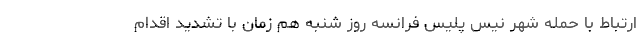
ارتباط با حمله شهر نیس پلیس فرانسه روز شنبه هم زمان با تشدید اقدام